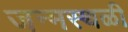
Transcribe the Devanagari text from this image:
जन्मस्थळी